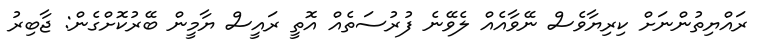
ރައްޔިތުންނަށް ކިރިޔާވެސް ނޭވާއެއް ލެވޭނެ ފުރުސަތެއް އޮތީ ރައީސް ޔާމީން ބޭރުކޮށްގެން: ޖާބިރު